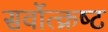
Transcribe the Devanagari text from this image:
सर्वोत्‍क्रष्‍ट